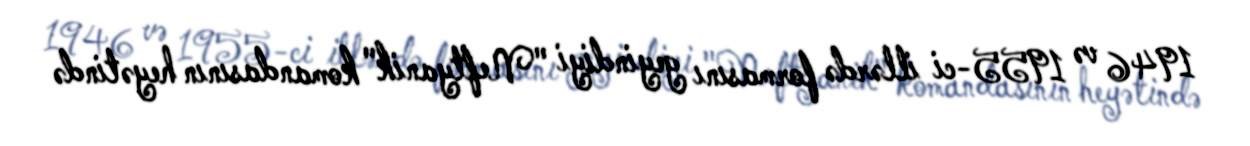
1946 və 1955-ci illərdə formasını geyindiyi "Neftyanik" komandasının heyətində